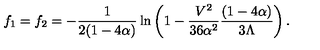
f _ { 1 } = f _ { 2 } = - \frac { 1 } { 2 ( 1 - 4 \alpha ) } \ln \left( 1 - \frac { V ^ { 2 } } { 3 6 \alpha ^ { 2 } } \frac { ( 1 - 4 \alpha ) } { 3 \Lambda } \right) .